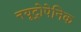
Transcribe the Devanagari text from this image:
नयूट्रोपेनिक